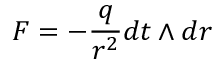
F = - \frac { q } { r ^ { 2 } } d t \wedge d r